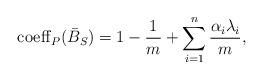
LaTeX: \begin{align*}{\rm coeff}_P(\bar{B}_S)= 1-\frac{1}{m}+ \sum_{i=1}^n \frac{\alpha_i \lambda_i}{m},\end{align*}